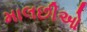
માલછીઓ